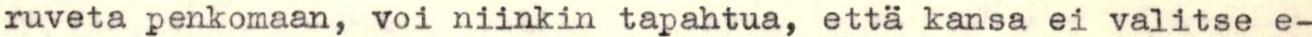
ruveta penkomaan, voi niinkin tapahtua, että kansa ei valitse e-